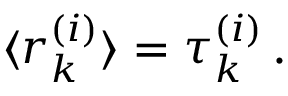
\langle r _ { k } ^ { ( i ) } \rangle = \tau _ { k } ^ { ( i ) } \, .